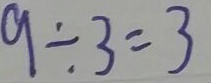
9 \div 3 = 3